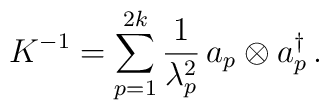
K^{-1} = \sum_{p=1}^{2k} {1 \over \lambda_p^2}\,      a_p \otimes a_p^\dagger  \, .